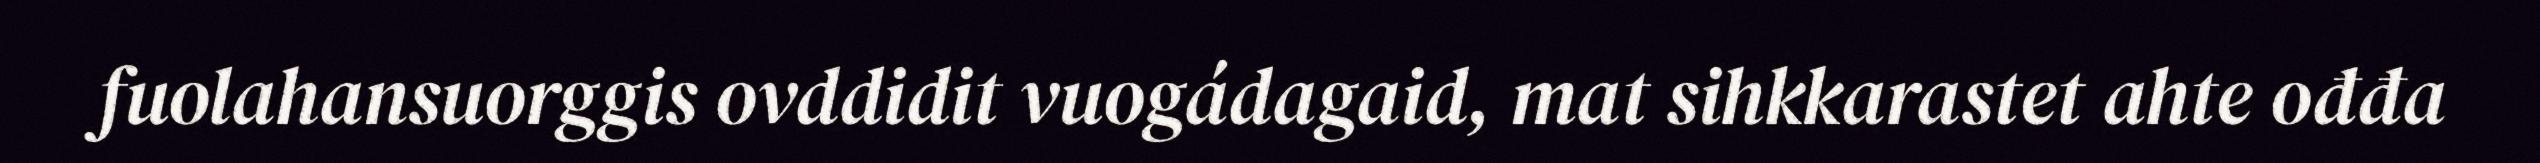
fuolahansuorggis ovddidit vuogádagaid, mat sihkkarastet ahte ođđa